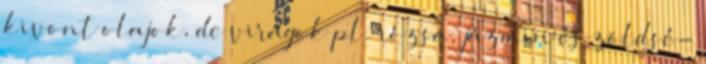
kivont olajok, de virágok pl. rózsa, jázmin és zöldsé-